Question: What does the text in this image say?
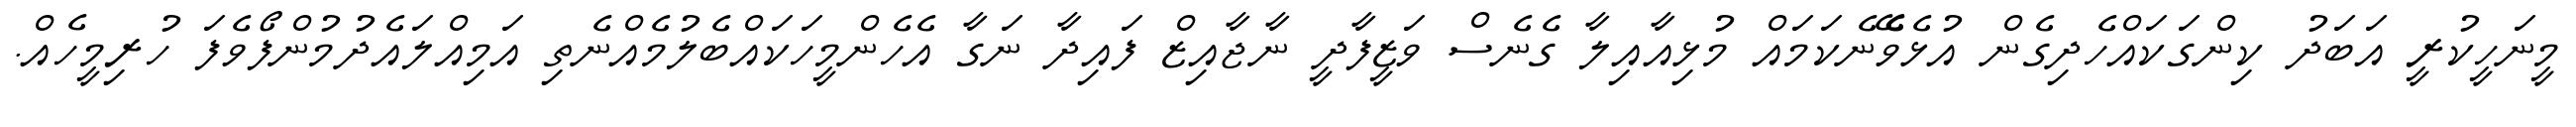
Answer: މީނަހީކުރީ އަބަދު ކިންގަކައްހެދިގެން އުޅެވެޭނެކަމައް މުޅިއާއިލާ ގެނެސް ވަޒީފާދީ ނާޖާއިޒް ފައިދާ ނަގާ އެހެންމީހަކައްބެލުމެއްނެތި އަމިއްލައެދުމުންފޯވެފަ ހުރިމީހެއް.